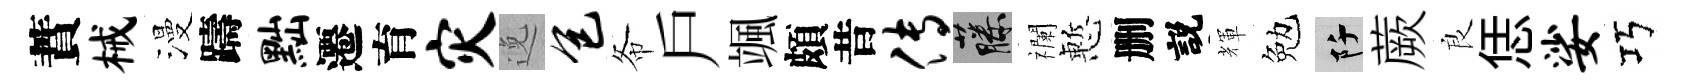
蕡械漫躊黜遷育灾𨓜包𢁙戶颯頗昔传藤襴慙删説輝勉阡蕨良恁娑巧